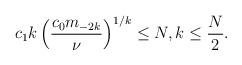
LaTeX: \begin{align*} c_1 k\left( \frac{c_0 m_{-2k} }{\nu } \right)^{1/k}\le N , k\le \frac{N}{2}.\end{align*}